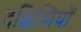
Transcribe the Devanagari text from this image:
दक्षिणियों